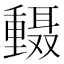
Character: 𫒅